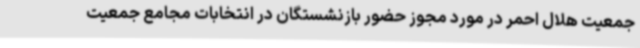
جمعیت هلال احمر در مورد مجوز حضور بازنشستگان در انتخابات مجامع جمعیت